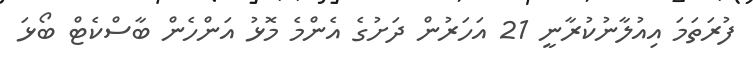
ފުރަތަމަ އިއުލާނުކުރާނީ 21 އަހަރުން ދަށުގެ އެންމެ މޮޅު އަންހެން ބާސްކެޓް ބޯޅަ